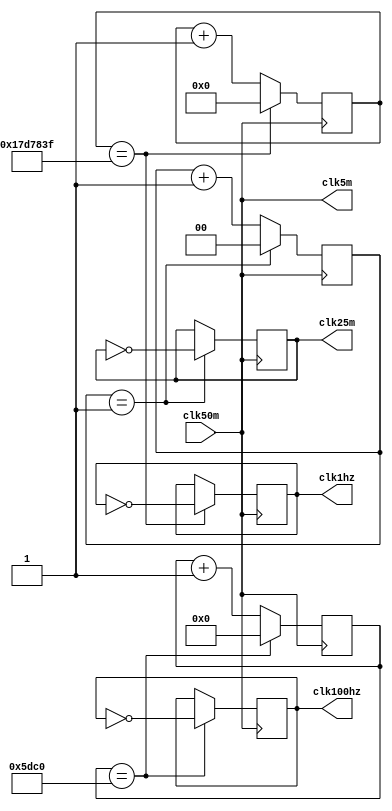
`timescale 1ns / 1ps
//////////////////////////////////////////////////////////////////////////////////
// Company: 
// Engineer: 
// 
// Design Name: 
// Module Name:    clock 
// Project Name: 
// Target Devices: 
// Tool versions: 
// Description: 
//
// Dependencies: 
//
// Revision: 
// Revision 0.01 - File Created
// Additional Comments: 
//
//////////////////////////////////////////////////////////////////////////////////
module clock(clk50m, clk1hz, clk100hz, clk25m, clk5m);
   input      clk50m;
   output      clk1hz;
   output      clk100hz;
   output      clk25m;
	output      clk5m;
   
   parameter  max0 = 1;
   parameter  max1 = 24999999;
   parameter  max2 = 24000;
  // parameter  max3 = 2;	
   reg [1:0]  counter0;
   reg [24:0] counter1;
   reg [17:0] counter2;
	//reg [17:0] counter3;
   reg div0;
	reg div1;
	reg div2;
 	reg div3;  
  
  always @(posedge clk50m) 
      begin
         if (counter0 == max0)
         begin
            counter0 <= 0;
            div0 <= ~div0;
         end
         else
            counter0 <= counter0 + 1'b1;
      end

   
/*   always @(posedge clk50m)
      
      begin
            div3 <= ~div3;
      end 
*/		
		
   always @(posedge clk50m)
      
      begin
         if (counter1 == max1)
         begin
            counter1 <= 0;
            div1 <= ~div1;
         end
         else
            counter1 <= counter1 + 1'b1;
      end
   
   
   always @(posedge clk50m)
      
      begin
         if (counter2 == max2)
         begin
            counter2 <= 0;
            div2 <= ~div2;
         end
         else
            counter2 <= counter2 + 1'b1;
      end
   
	assign clk25m = div0;
	assign clk1hz = div1;
	assign clk100hz = div2;
	assign clk5m = clk50m;
	
endmodule